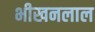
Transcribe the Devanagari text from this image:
भीखनलाल